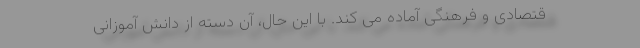
قتصادی و فرهنگی آماده می کند. با این حال، آن دسته از دانش آموزانی